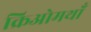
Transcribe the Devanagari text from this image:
क्रिओमथाँ